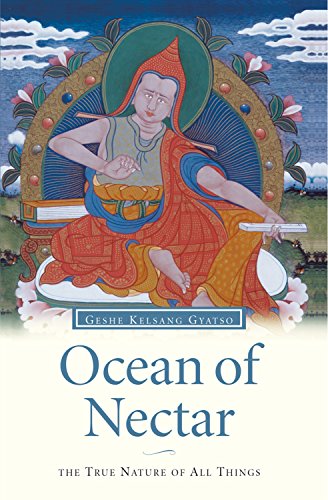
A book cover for Ocean of Nectar: The true nature of things; Geshe Kelsang Gyatso; Religion & Spirituality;